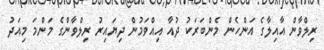
ރިލްވާން އާއިލާގެ އަންހެން މެންބަރަކު ދުއާ އިއްވަމުން ދިޔައިރު ރިލްވާންގެ މަންމަ މިއަދު